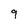
Character: 9